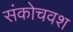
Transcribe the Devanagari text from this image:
संकोचवश